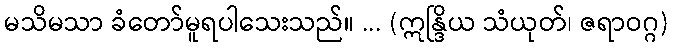
မသိမသာ ခံတော်မူရပါသေးသည်။ ... (ဣန္ဒြိယ သံယုတ်၊ ဇရာဝဂ္ဂ)